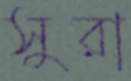
সুরা